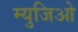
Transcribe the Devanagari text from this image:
म्युजिओ